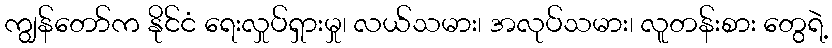
ကျွန်တော်က နိုင်ငံ ရေးလှုပ်ရှားမှု၊ လယ်သမား၊ အလုပ်သမား၊ လူတန်းစား တွေရဲ့